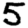
Digit: 5